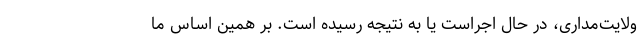
ولایت‌مداری، در حال اجراست یا به نتیجه رسیده است. بر همین اساس ما